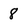
Character: 8